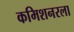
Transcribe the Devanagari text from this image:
कमिशनरला